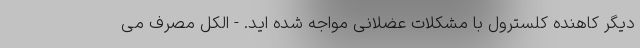
دیگر کاهنده کلسترول با مشکلات عضلانی مواجه شده اید. - الکل مصرف می